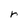
Character: r